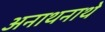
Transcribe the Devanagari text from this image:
अनाथनाथे